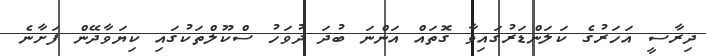
ދިރާސީ އަހަރުގެ ކަލަންޑަރުގައިވާ ގޮތައް އަންނަ ބުދަ ދުވަހު ސްކޫލްތަކުގައި ކިޔަވާދޭން ފަށާނެ